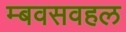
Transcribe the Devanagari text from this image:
म्बवसवहल